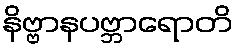
နိဗ္ဗာနပဗ္ဘာရောတိ